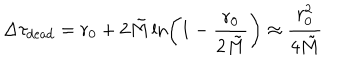
LaTeX: \Delta \tau _ { \mathrm { d e a d } } = r _ { 0 } + 2 \tilde { M } \ln \left( 1 - \frac { r _ { 0 } } { 2 \tilde { M } } \right) \approx \frac { r _ { 0 } ^ { 2 } } { 4 \tilde { M } }